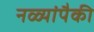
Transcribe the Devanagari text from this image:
नळ्यांपैकी